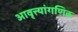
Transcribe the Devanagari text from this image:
आवृत्त्यांगणिक